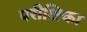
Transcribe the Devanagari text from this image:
परीक्षिका